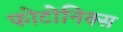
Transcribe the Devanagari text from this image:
फोटोनिक्स